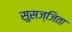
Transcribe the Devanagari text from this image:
सुसज्जिता